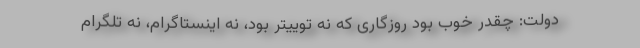
دولت: چقدر خوب بود روزگاری که نه توییتر بود، نه اینستاگرام، نه تلگرام